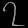
Digit: ၇